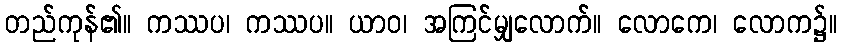
တည်ကုန်၏။ ကဿပ၊ ကဿပ။ ယာဝ၊ အကြင်မျှလောက်။ လောကေ၊ လောက၌။